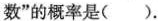
数”的概率是（）.